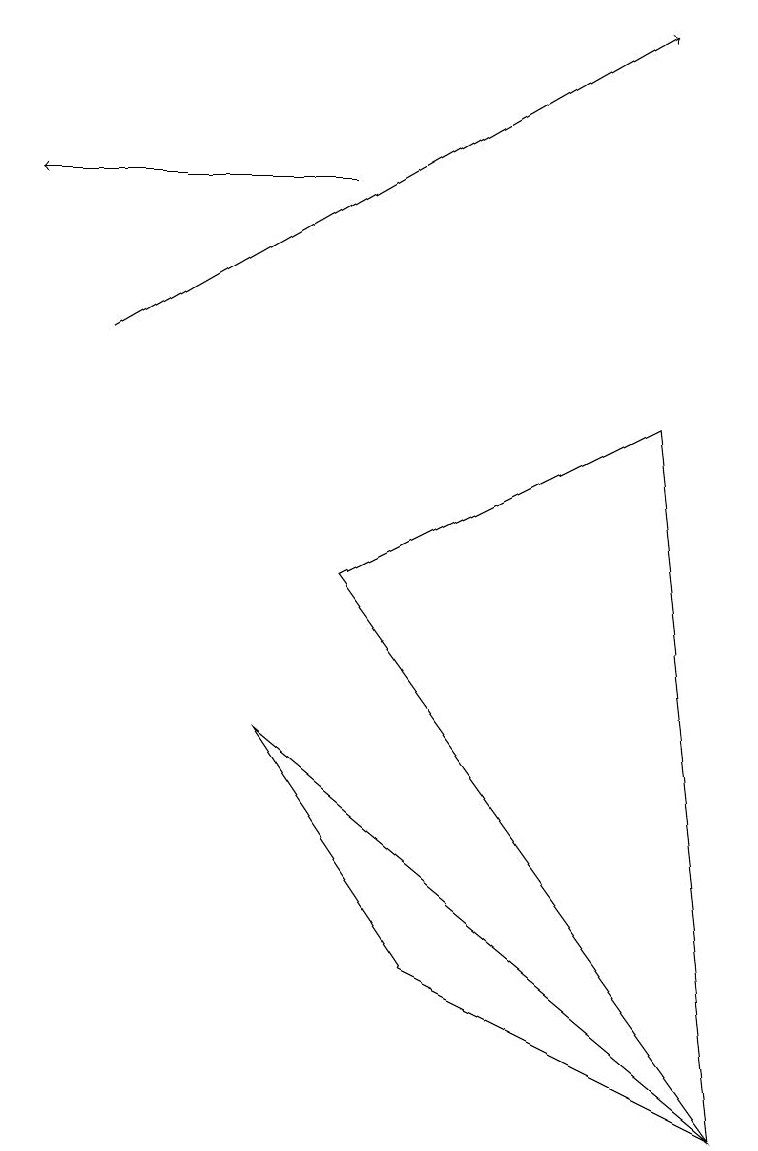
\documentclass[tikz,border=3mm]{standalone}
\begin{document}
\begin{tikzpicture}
\draw[->] (1,10) -- (8,14);
\draw (5,2) -- (3,5) -- (9,0) -- cycle;
\draw (4,7) -- (8,9) -- (9,0) -- cycle;
\draw[->] (4,12) -- (0,12);
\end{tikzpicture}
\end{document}